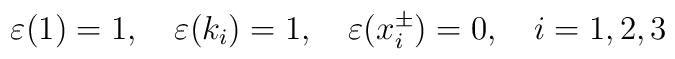
\varepsilon (1)=1,\quad \varepsilon (k_i)=1,\quad \varepsilon (x^\pm_i)=0,\quad i=1,2,3